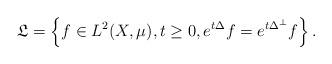
LaTeX: \begin{align*}\mathfrak{L}=\left\{ f \in L^2(X,\mu), t \ge 0, e^{t\Delta } f =e^{t\Delta^\perp }f \right\}.\end{align*}